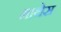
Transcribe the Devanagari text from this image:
माथेस